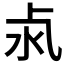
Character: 𣲊